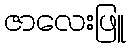
ဇာလေးဖြူ